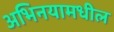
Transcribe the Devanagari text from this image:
अभिनयामधील